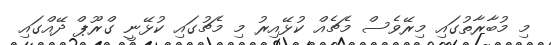
މި މުބާރާތުގައި މިރޭވެސް މެޗެއް ކުޅޭއިރު މި މެޗުގައި ކުޅޭނީ ގްރޫޕް ދޭއްގައި